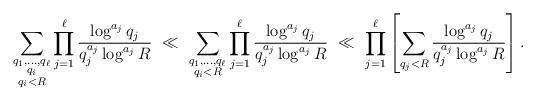
LaTeX: \begin{align*} \sum_{\substack{q_1, \ldots, q_\ell \\ q_i \\ q_i < R}} \prod_{j=1}^\ell \frac{\log^{a_j}q_j}{q_j^{a_j} \log^{a_j} R} \ \ll \ \sum_{\substack{q_1, \ldots, q_\ell \\ q_i < R}} \prod_{j=1}^\ell \frac{\log^{a_j}q_j}{q_j^{a_j} \log^{a_j} R} \ \ll \ \prod_{j=1}^\ell \left[ \sum_{q_j < R} \frac{\log^{a_j}q_j}{q_j^{a_j} \log^{a_j} R} \right]. \end{align*}